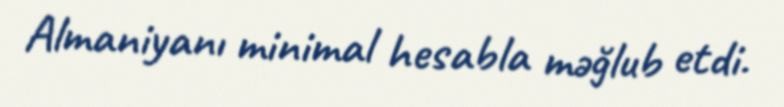
Almaniyanı minimal hesabla məğlub etdi.